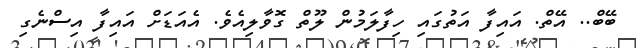
ބޭބް.. އޭތް. އައިފާ އަތުގައި ހިފާލަމުން ލޫތް ގޮވާލިއެވެ. އެއަޑަށް އައިފާ އިސްނެގި